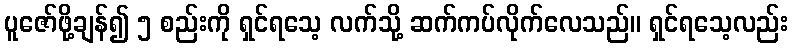
ပူဇော်ဖို့ချန်၍ ၅ စည်းကို ရှင်ရသေ့ လက်သို့ ဆက်ကပ်လိုက်လေသည်။ ရှင်ရသေ့လည်း